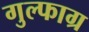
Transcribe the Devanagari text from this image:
गुल्फाग्र